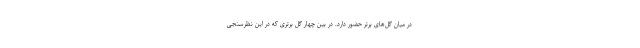
در میان گل‌های برتر حضور دارد. در بین چهار گل برتری که در این نظرسنجی